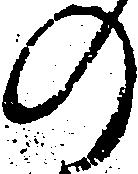
の